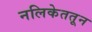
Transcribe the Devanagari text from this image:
नलिकेततून